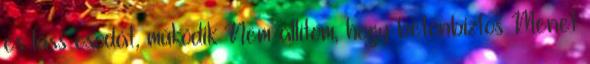
és láss csodát, működik Nem állítom, hogy betonbiztos Menet